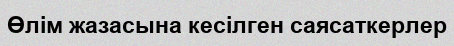
Өлім жазасына кесілген саясаткерлер